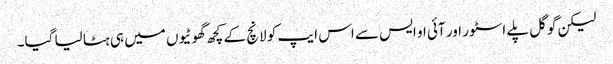
لیکن گوگل پلے اسٹور اور آئی او ایس سے اس ایپ کو لانچ کے کچھ گھوٹیوں میں ہی ہٹا لیا گیا۔